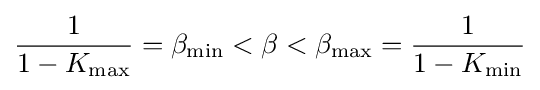
{\frac {1}{1-K_{\text{max}}}}=\beta _{\text{min}}<\beta <\beta _{\text{max}}={\frac {1}{1-K_{\text{min}}}}